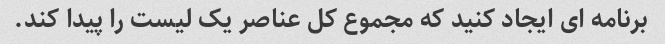
برنامه ای ایجاد کنید که مجموع کل عناصر یک لیست را پیدا کند.